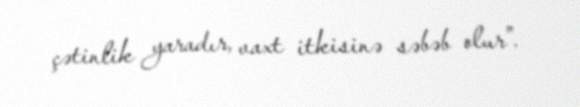
çətinlik yaradır, vaxt itkisinə səbəb olur”.